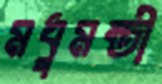
মধুমন্তী